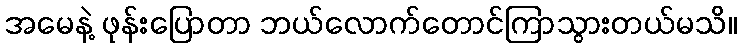
အမေနဲ့ ဖုန်းပြောတာ ဘယ်လောက်တောင်ကြာသွားတယ်မသိ။